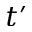
t ^ { \prime }